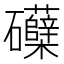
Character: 𮁛